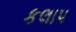
કલાપ